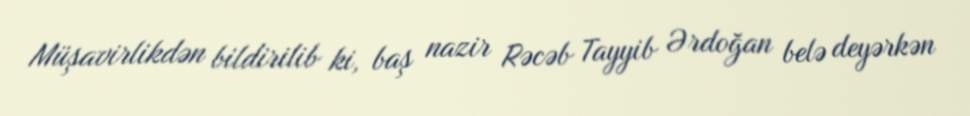
Müşavirlikdən bildirilib ki, baş nazir Rəcəb Tayyib Ərdoğan belə deyərkən